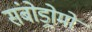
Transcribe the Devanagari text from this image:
संबोड्रोमो